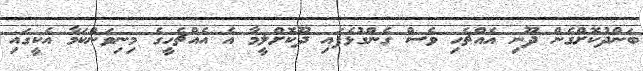
ބަންދުކޮށްގެން ދޫނި އެއްޗެހި ވެސް ގެންގުޅެފައި ދޫކޮށްލީމާ އެ އެއްޗެހީގެ މިނިވަންކަމާ އެކީގައި